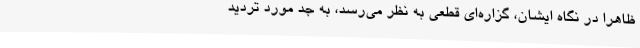
ظاهراً در نگاه ایشان، گزاره‌ای قطعی به نظر می‌رسد، به جدّ مورد تردید